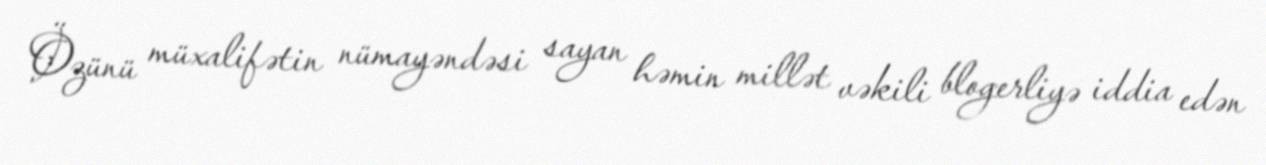
Özünü müxalifətin nümayəndəsi sayan həmin millət vəkili blogerliyə iddia edən